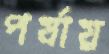
পর্যায়